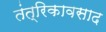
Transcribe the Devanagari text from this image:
तंत्रिकावसाद